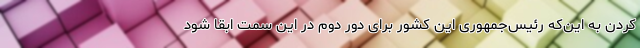
کردن به این‌که رئیس‌جمهوری این کشور برای دور دوم در این سمت ابقا شود